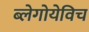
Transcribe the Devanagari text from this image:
ब्लेगोयेविच